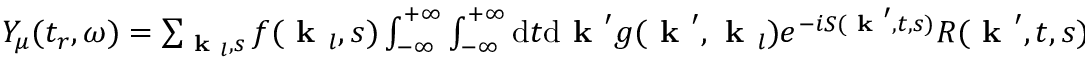
\begin{array} { r } { Y _ { \mu } ( t _ { r } , \omega ) = \sum _ { \textbf { k } _ { l } , s } f ( \textbf { k } _ { l } , s ) \int _ { - \infty } ^ { + \infty } \int _ { - \infty } ^ { + \infty } \mathrm { d } t \mathrm { d } \textbf { k } ^ { \prime } g ( \textbf { k } ^ { \prime } , \textbf { k } _ { l } ) e ^ { - i S ( \textbf { k } ^ { \prime } , t , s ) } R ( \textbf { k } ^ { \prime } , t , s ) w ( t , t _ { r } ) + c . c . , } \end{array}